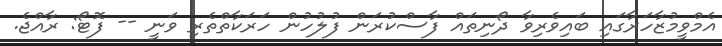
އެމްވީމުޒާހަރާގައި ބައިވެރިވާ ދޯނިތައް ފާސްކުރަން ފުލުހުން ހަރަކާތްތެރި ވަނީ -- ފޮޓޯ: ރާއްޖެ.